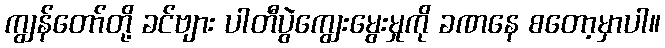
ကျွန်တော်တို့ ခင်ဗျား ပါတီပွဲကျွေးမွေးမှုကို ခဏနေ စတော့မှာပါ။